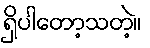
ရှိပါတော့သတဲ့။